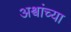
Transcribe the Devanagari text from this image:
अश्वांच्या